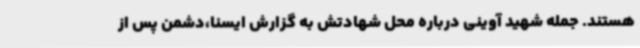
هستند. جمله شهید آوینی درباره محل شهادتش به گزارش ایسنا،دشمن پس از